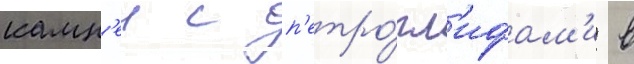
камн'еи с п'етро́гл'ифам'и в